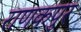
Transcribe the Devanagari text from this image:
राणकपुर